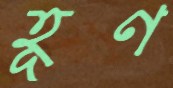
হূণ